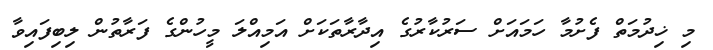
މި ޚިދުމަތް ފެށުމާ ހަމައަށް ސަރުކާރުގެ އިދާރާތަކަށް އަމިއްލަ މީހުންގެ ފަރާތުން ލިބިފައިވާ